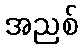
အညစ်